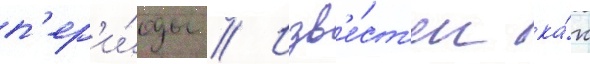
п'ер'и́оды // Изв'е́ст'ен ка́к